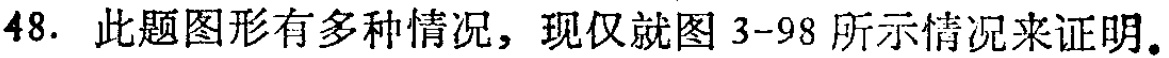
48. 此题图形有多种情况，现仅就图 3-98 所示情况来证明。